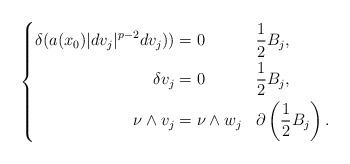
LaTeX: \begin{align*}\left\lbrace \begin{aligned}\delta ( a(x_{0}) \lvert dv_{j} \rvert^{p-2} dv_{j}) ) &= 0 && \frac{1}{2} B_{j},\\\delta v_{j} &= 0 && \frac{1}{2}B_{j}, \\\nu\wedge v_{j} &= \nu\wedge w_{j} && \partial \left( \frac{1}{2}B_{j}\right).\end{aligned} \right. \end{align*}